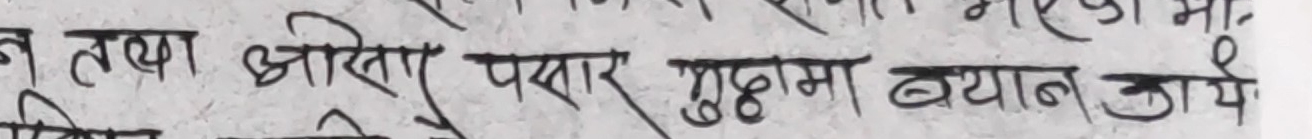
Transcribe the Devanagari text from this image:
न तथा औतार तयार मुद्दामा वयान जाये